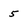
Character: 5